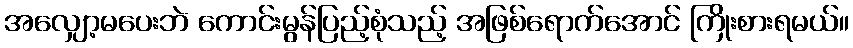
အလျှော့မပေးဘဲ ကောင်းမွန်ပြည့်စုံသည့် အဖြစ်ရောက်အောင် ကြိုးစားရမယ်။